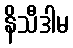
နိသီဒါမ